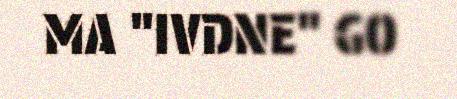
MA "IVDNE" GO